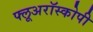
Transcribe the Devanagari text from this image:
फ्लूअरॉस्कोपी